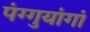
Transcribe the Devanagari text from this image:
पंग्गुयांगां